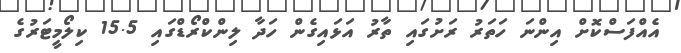
އެއްފަސްކޮށް އިންނަ ހަތަރު ރަށުގައި ތާރު އަޅައިގެން ހަދާ ލިންކްރޯޑްގައި 15.5 ކިލޯމީޓަރުގެ